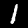
Digit: 1